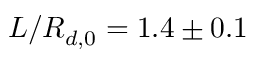
L / R _ { d , 0 } = 1 . 4 \pm 0 . 1